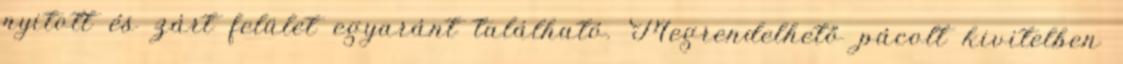
nyitott és zárt felület egyaránt található. Megrendelhető pácolt kivitelben